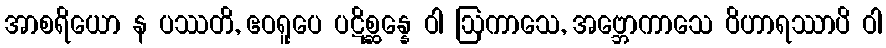
အာစရိယော န ပဿတိ, ဧဝရူပေ ပဋိစ္ဆန္နေ ဝါ ဩကာသေ, အဗ္ဘောကာသေ ဝိဟာရဿာပိ ဝါ